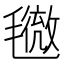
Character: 𣰓